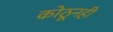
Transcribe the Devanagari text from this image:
कोठूनही